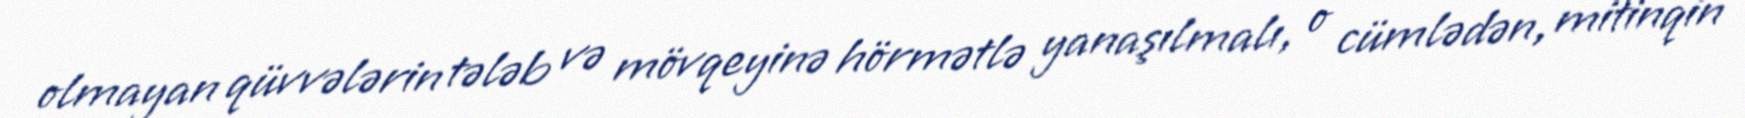
olmayan qüvvələrin tələb və mövqeyinə hörmətlə yanaşılmalı, o cümlədən, mitinqin